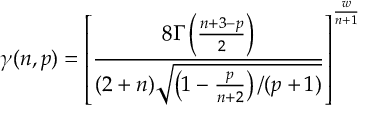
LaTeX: \gamma ( n , p ) = \left[ { \frac { 8 \Gamma \left( \frac { n + 3 - p } { 2 } \right) } { ( 2 + n ) \sqrt { \left( 1 - { \frac { p } { n + 2 } } \right) / ( p + 1 ) } } } \right] ^ { \frac { w } { n + 1 } }